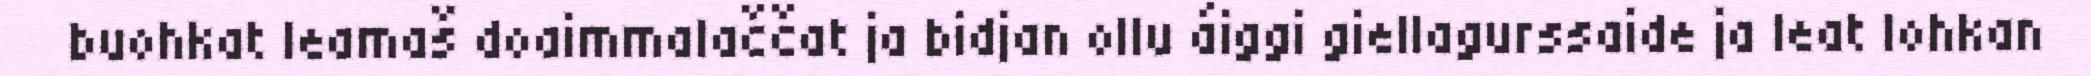
buohkat leamaš doaimmalaččat ja bidjan ollu áiggi giellagurssaide ja leat lohkan